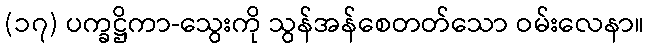
(၁၇) ပက္ခဋ္ဌိကာ-သွေးကို သွန်အန်စေတတ်သော ဝမ်းလေနာ။